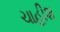
ચાહીશ